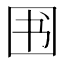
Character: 𱕸